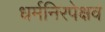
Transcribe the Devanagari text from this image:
धर्मनिरपेक्षव